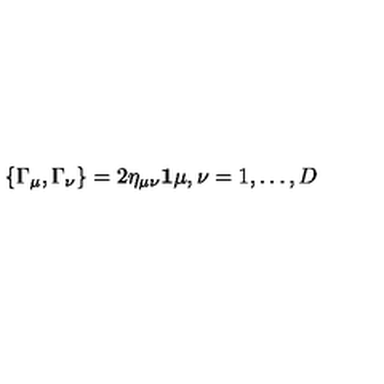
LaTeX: \{ \Gamma _ { \mu } , \Gamma _ { \nu } \} = 2 \eta _ { \mu \nu } { \bf 1 } \mu , \nu = 1 , \ldots , D